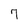
Character: 7